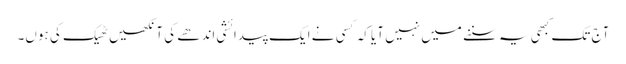
‏ آج تک کبھی یہ سننے میں نہیں آیا کہ کسی نے ایک پیدائشی اندھے کی آنکھیں ٹھیک کی ہوں۔